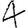
Digit: 4